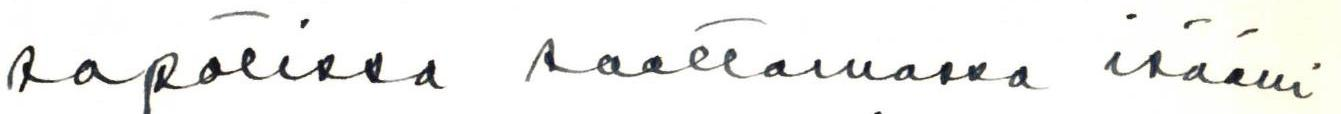
sapotissa saattamassa isääni